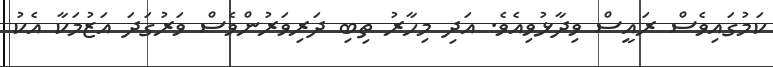
ކަމުގައިވެސް ރައީސް ވިދާޅުވިއެވެ. އަދި މިހާރު ތިބި ދަރިވަރުންވެސް ވަރުގަދަ އަޒުމަކާ އެކު